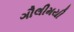
ગૌલીમયી